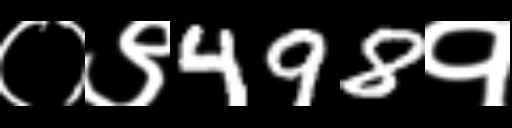
Text: ०९498१